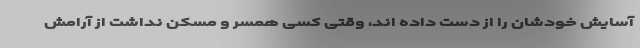
آسایش خودشان را از دست داده اند، وقتی کسی همسر و مسکن نداشت از آرامش